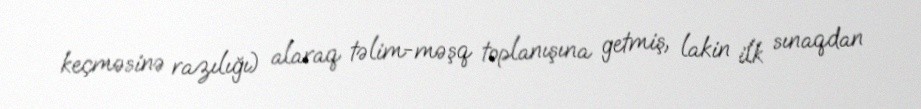
keçməsinə razılığı) alaraq təlim-məşq toplanışına getmiş, lakin ilk sınaqdan